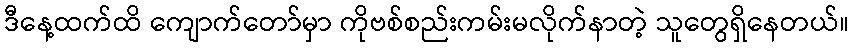
ဒီနေ့ထက်ထိ ကျောက်တော်မှာ ကိုဗစ်စည်းကမ်းမလိုက်နာတဲ့ သူတွေရှိနေတယ်။